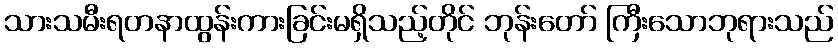
သားသမီးရတနာထွန်းကားခြင်းမရှိသည့်တိုင် ဘုန်းတော် ကြီးသောဘုရားသည်